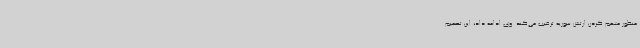
منظور متهم کردن ارتش سوریه ترغیب می‌کند. وی ادامه داد، این تصمیم